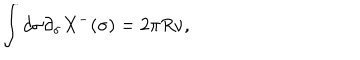
LaTeX: \int d \sigma \partial _ { \sigma } X ^ { - } ( \sigma ) = 2 \pi R \nu ,